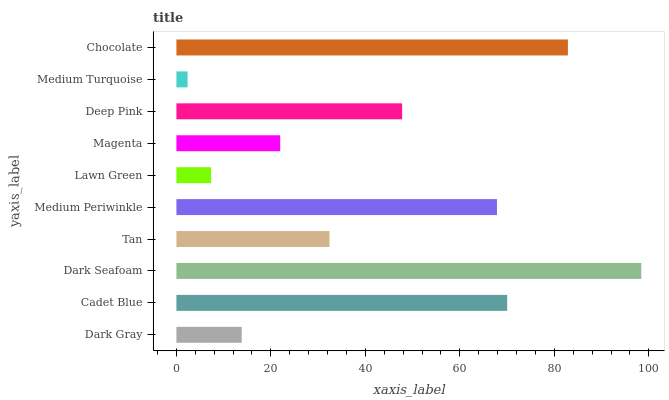
| yaxis_label | bars |
 | --- | --- |
 | Dark Gray | 13.8 |
 | Cadet Blue | 70 |
 | Dark Seafoam | 98.4 |
 | Tan | 32.4 |
 | Medium Periwinkle | 67.9 |
 | Lawn Green | 7.35 |
 | Magenta | 22 |
 | Deep Pink | 47.8 |
 | Medium Turquoise | 2.36 |
 | Chocolate | 82.9 |